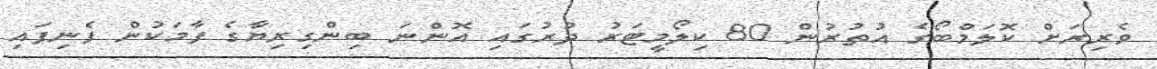
ވެރިރަށް ކޮލަމްބޯގެ އުތުރުން 80 ކިލޯމީޓަރު ދުރުގައި އޮންނަ ބިންގިރިޔާގެ ފާމަކުން ފެނިފައި